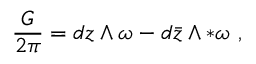
{ \frac { G } { 2 \pi } } = d z \wedge \omega - d { \bar { z } } \wedge * \omega \ ,